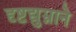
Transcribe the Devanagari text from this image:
दृष्टद्युम्नाने